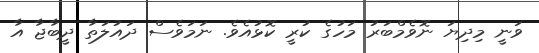
ވަނީ މިދިޔަ ނޮވެމްބަރު މަހުގެ ކުރީ ކޮޅުއެވެ. ނަމަވެސް ދައުލަތާ ދީބާޖާ އާ